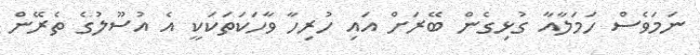
ނަމަވެސް ހަމަލާއާ ގުޅިގެން ބޭރަށް އައި ހުރިހާ ވާހަކަތަކަކީ އެ އުސޫލުގެ ތެރޭން